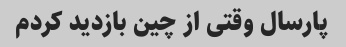
پارسال وقتی از چین بازدید کردم